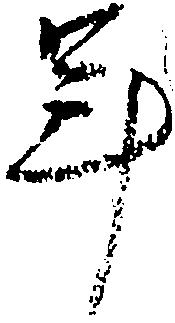
年